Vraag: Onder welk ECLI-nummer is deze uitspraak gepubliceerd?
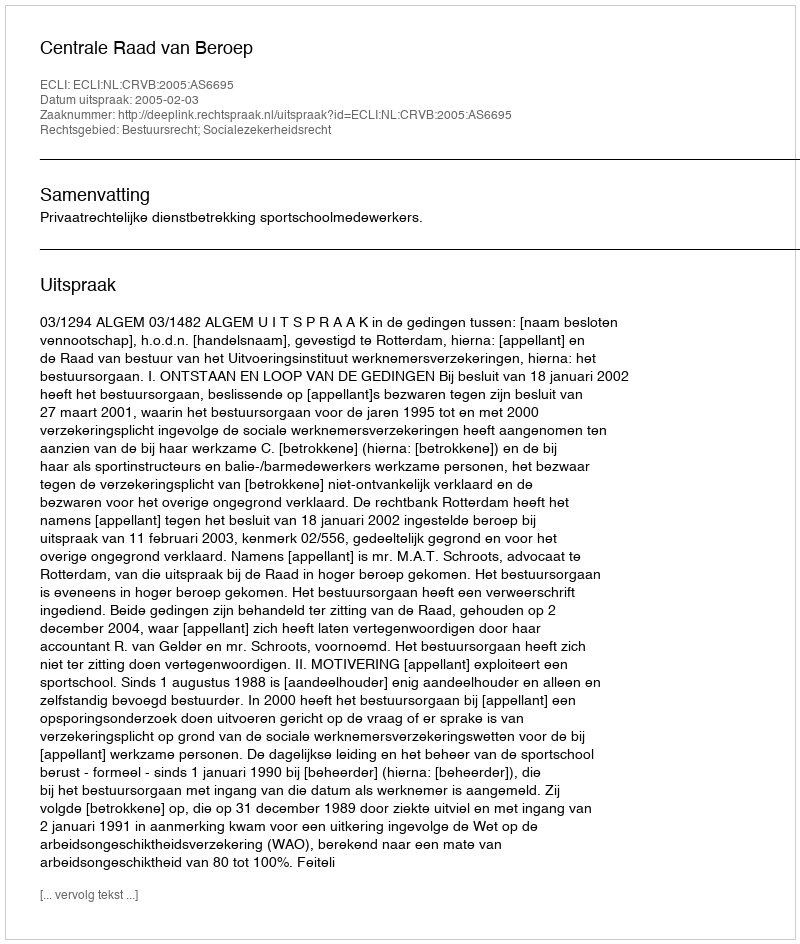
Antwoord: ECLI:NL:CRVB:2005:AS6695